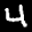
Label: 4